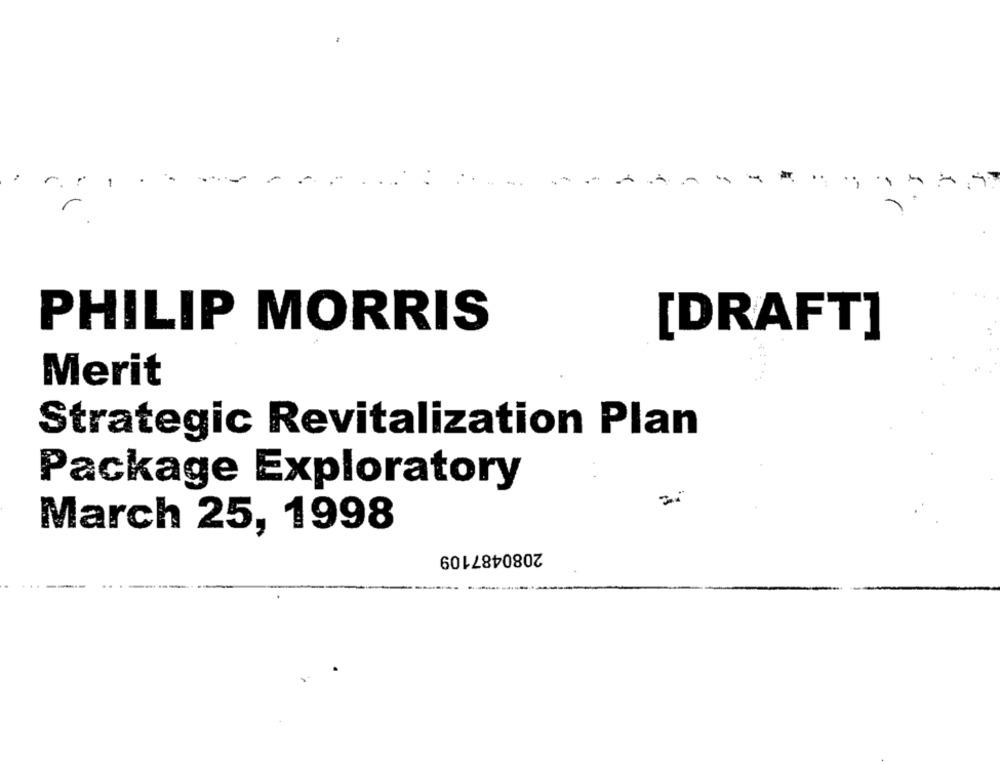
-
PHILIP MORRIS
[DRAFT]
Merit
Strategic Revitalization Plan
Package Exploratory
March 25, 1998
2080487109